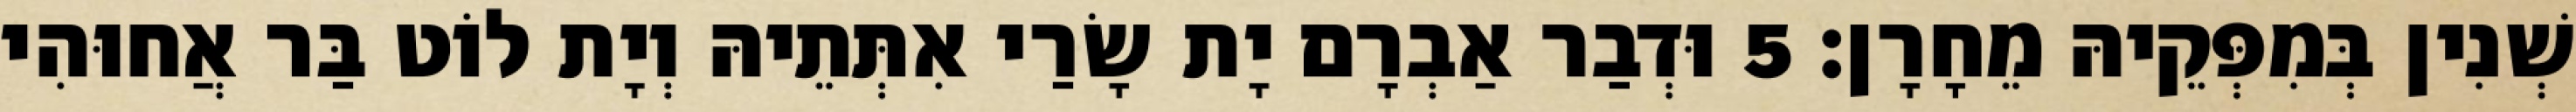
שְׁנִין בְּמִפְּקֵיהּ מֵחָרָן׃ 5 וּדְבַר אַבְרָם יָת שָׂרַי אִתְּתֵיהּ וְיָת לוֹט בַּר אֲחוּהִי